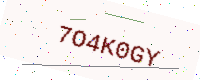
Text: 7O4K0GY